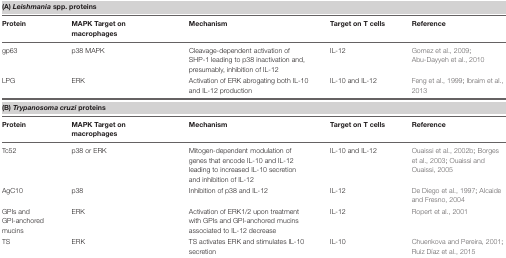
<table><thead><tr><td colspan="5"><b>(A) <i>Leishmania</i> spp. proteins</b></td></tr><tr><td><b>Protein</b></td><td><b>MAPK Target on macrophages</b></td><td><b>Mechanism</b></td><td><b>Target on T cells</b></td><td><b>Reference</b></td></tr></thead><tbody><tr><td>gp63</td><td>p38 MAPK</td><td>Cleavage-dependent activation of SHP-1 leading to p38 inactivation and, presumably, inhibition of IL-12</td><td>IL-12</td><td>Gomez et al., 2009; Abu-Dayyeh et al., 2010</td></tr><tr><td>LPG</td><td>ERK</td><td>Activation of ERK abrogating both IL-10 and IL-12 production</td><td>IL-10 and IL-12</td><td>Feng et al., 1999; Ibraim et al., 2013</td></tr><tr><td colspan="5"><b>(B)</b><b><i>Trypanosoma cruzi</i> proteins</b></td></tr><tr><td><b>Protein</b></td><td><b>MAPK Target on macrophages</b></td><td><b>Mechanism</b></td><td><b>Target on T cells</b></td><td><b>Reference</b></td></tr><tr><td>Tc52</td><td>p38 or ERK</td><td>Mitogen-dependent modulation of genes that encode IL-10 and IL-12 leading to increased IL-10 secretion and inhibition of IL-12</td><td>IL-10 and IL-12</td><td>Ouaissi et al., 2002b; Borges et al., 2003; Ouaissi and Ouaissi, 2005</td></tr><tr><td>AgC10</td><td>p38</td><td>Inhibition of p38 and IL-12</td><td>IL-12</td><td>De Diego et al., 1997; Alcaide and Fresno, 2004</td></tr><tr><td>GPIs and GPI-anchored mucins</td><td>ERK</td><td>Activation of ERK1/2 upon treatment with GPIs and GPI-anchored mucins associated to IL-12 decrease</td><td>IL-12</td><td>Ropert et al., 2001</td></tr><tr><td>TS</td><td>ERK</td><td>TS activates ERK and stimulates IL-10 secretion</td><td>IL-10</td><td>Chuenkova and Pereira, 2001; Ruiz Díaz et al., 2015</td></tr></tbody></table>